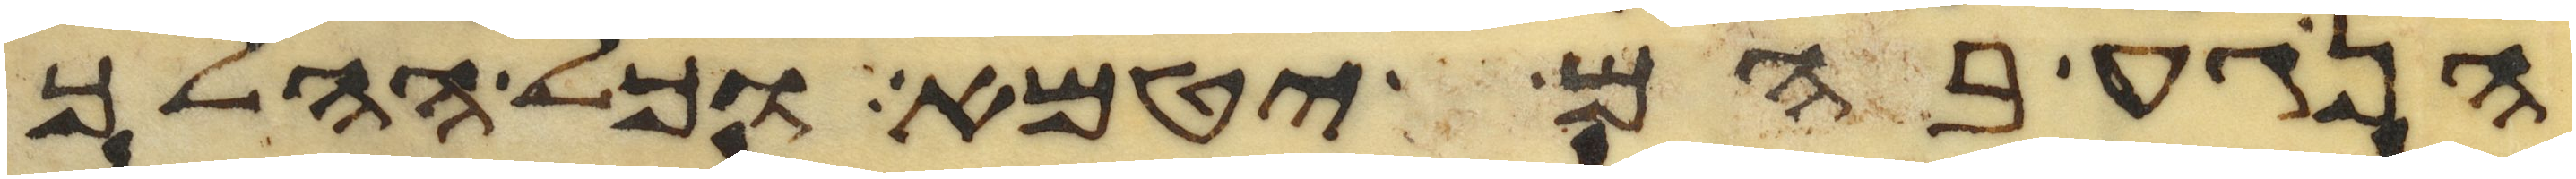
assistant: הנגע בהם יטמא וכל ההלך